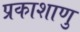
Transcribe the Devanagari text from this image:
प्रकाशाणु